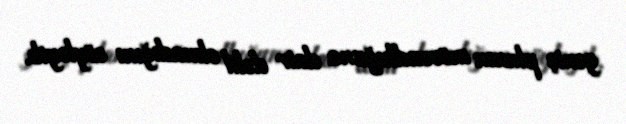
geniş planın mövcudluğuna dair dəlil olmadığını söyləyib.